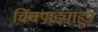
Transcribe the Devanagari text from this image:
चिंचपाड्याहून